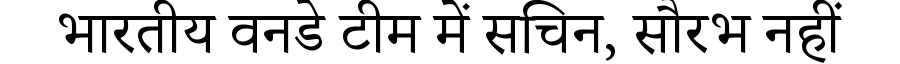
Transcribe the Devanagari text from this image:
भारतीय वनडे टीम में सचिन, सौरभ नहीं